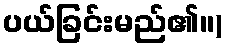
ပယ်ခြင်းမည်၏။)